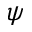
\psi